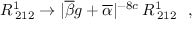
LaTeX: R _ { \: 2 1 2 } ^ { 1 } \rightarrow | \overline { { { \beta } } } g + \overline { { { \alpha } } } | ^ { - 8 c } \, R _ { \: 2 1 2 } ^ { 1 } ~ ~ ,